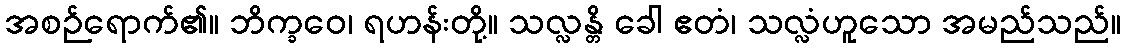
အစဉ်ရောက်၏။ ဘိက္ခဝေ၊ ရဟန်းတို့။ သလ္လန္တိ ခေါ ဧတံ၊ သလ္လံဟူသော အမည်သည်။